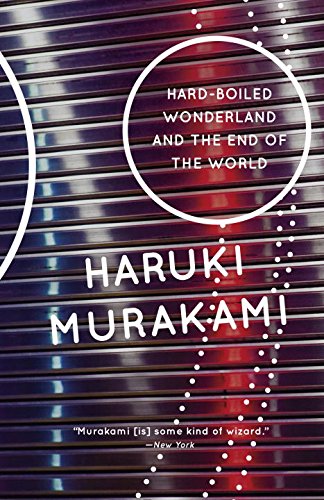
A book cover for Hard-Boiled Wonderland and the End of the World: A Novel (Vintage International); Haruki Murakami; Science Fiction & Fantasy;